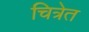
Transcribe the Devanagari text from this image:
चित्रेत